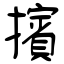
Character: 擯